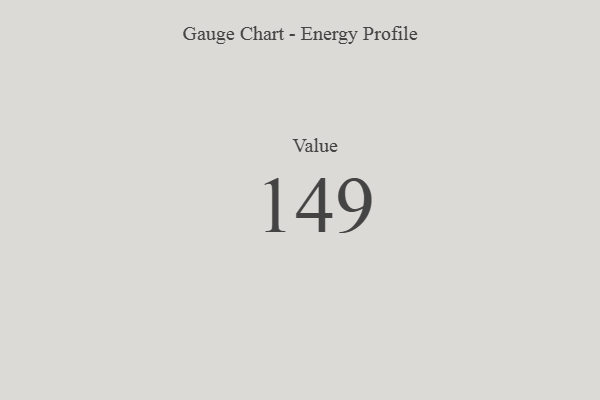
{"axis": {"x": "Metric", "y": "Value"}, "legend": [""], "data": [{"x": "Value", "y": 149, "type": ""}]}